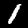
Label: 1